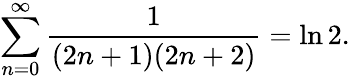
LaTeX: \sum_{n=0}^{\infty}{\frac{1}{(2n+1)(2n+2)}}=\ln 2.